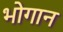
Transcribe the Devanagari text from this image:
भोगान